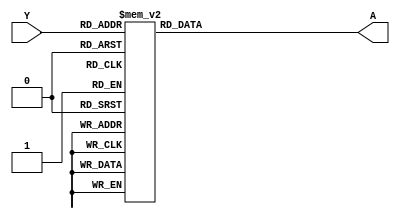
module pri_enc_always
(
    input [3:0] Y,
    output reg [1:0] A
);
    always @(*) begin
        case(Y)
            4'b0000: A = 2'b00;
            4'b0001: A = 2'b01;
            4'b0010: A = 2'b10;
            4'b0011: A = 2'b11;
            4'b0100: A = 2'b00;
            4'b0101: A = 2'b01;
            4'b0110: A = 2'b10;
            4'b0111: A = 2'b11;
            4'b1000: A = 2'b00;
            4'b1001: A = 2'b01;
            4'b1010: A = 2'b10;
            4'b1011: A = 2'b11;
            4'b1100: A = 2'b00;
            4'b1101: A = 2'b01;
            4'b1110: A = 2'b10;
            4'b1111: A = 2'b11;
            default: A = 2'b00;
        endcase
    end
endmodule